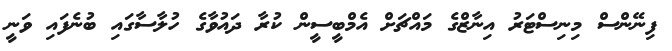
ފިނޭންސް މިނިސްޓަރު އިނާޒްގެ މައްޗަށް އެމްބީސީން ކުރާ ދައުވާގެ ހުލާސާގައި ބުނެފައި ވަނީ